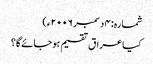
شمارہ: ۴ دسمبر ۲۰۰۶ء)
کیا عراق تقسیم ہوجائے گا؟